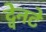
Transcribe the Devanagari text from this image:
ट्वेनटे